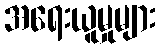
အရေးယူမှုများ